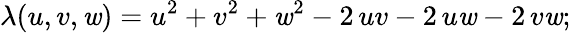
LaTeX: \lambda(u,v,\mathit{w})=u^{2}+v^{2}+\mathit{w}^{2}-2\, uv-2\, u\mathit{w}-2\, v\mathit{w};